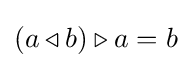
(a\triangleleft b)\triangleright a=b